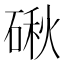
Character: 𥔍